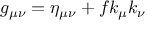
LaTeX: g _ { \mu \nu } = \eta _ { \mu \nu } + f k _ { \mu } k _ { \nu }